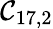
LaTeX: \mathcal{C}_{17,2}